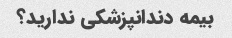
بیمه دندانپزشکی ندارید؟